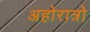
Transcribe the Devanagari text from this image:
अहोरात्रो